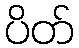
ပိတ်